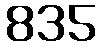
835